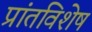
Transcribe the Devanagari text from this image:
प्रांतविशेष